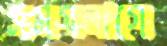
সময়লাগে